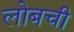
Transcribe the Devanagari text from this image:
लोबची